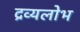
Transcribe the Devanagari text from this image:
द्रव्यलोभ